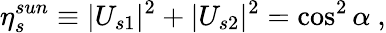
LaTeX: \eta_{s}^{sun}\equiv|U_{s1}|^{2}+|U_{s2}|^{2}=\cos^{2}\alpha~,